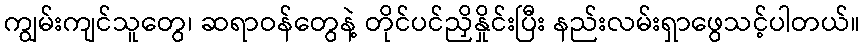
ကျွမ်းကျင်သူတွေ၊ ဆရာဝန်တွေနဲ့ တိုင်ပင်ညှိနှိုင်းပြီး နည်းလမ်းရှာဖွေသင့်ပါတယ်။